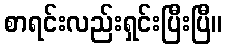
စာရင်းလည်းရှင်းပြီးပြီ။